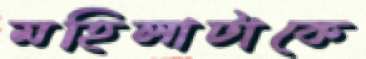
মহিলাটাকে